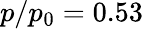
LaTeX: p/p_{0}=0.53